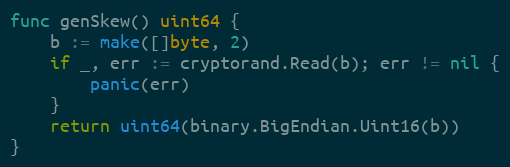
Language: Go
func genSkew() uint64 {
	b := make([]byte, 2)
	if _, err := cryptorand.Read(b); err != nil {
		panic(err)
	}
	return uint64(binary.BigEndian.Uint16(b))
}